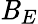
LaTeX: \mathit{B}_{E}